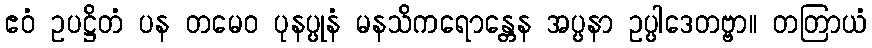
ဧဝံ ဥပဋ္ဌိတံ ပန တမေဝ ပုနပ္ပုနံ မနသိကရောန္တေန အပ္ပနာ ဥပ္ပါဒေတဗ္ဗာ။ တတြာယံ